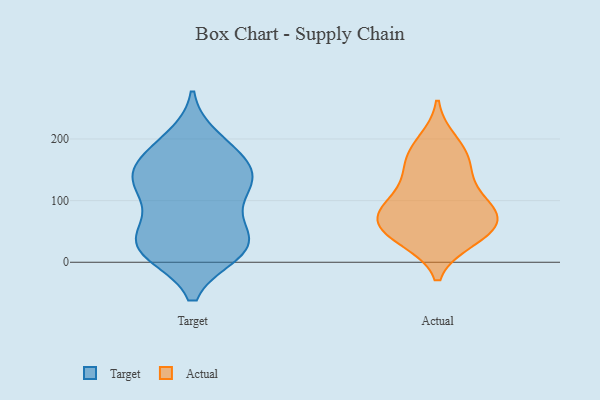
{"axis": {"x": "Market Share (%)", "y": "Value"}, "legend": ["Actual", "Target"], "data": [{"x": "", "y": 184, "type": "Target"}, {"x": "", "y": 42, "type": "Target"}, {"x": "", "y": 200, "type": "Target"}, {"x": "", "y": 65, "type": "Target"}, {"x": "", "y": 19, "type": "Target"}, {"x": "", "y": 142, "type": "Target"}, {"x": "", "y": 127, "type": "Target"}, {"x": "", "y": 139, "type": "Target"}, {"x": "", "y": 34, "type": "Target"}, {"x": "", "y": 48, "type": "Target"}, {"x": "", "y": 179, "type": "Target"}, {"x": "", "y": 15, "type": "Target"}, {"x": "", "y": 17, "type": "Target"}, {"x": "", "y": 16, "type": "Target"}, {"x": "", "y": 154, "type": "Target"}, {"x": "", "y": 109, "type": "Target"}, {"x": "", "y": 138, "type": "Target"}, {"x": "", "y": 115, "type": "Target"}, {"x": "", "y": 57, "type": "Actual"}, {"x": "", "y": 39, "type": "Actual"}, {"x": "", "y": 69, "type": "Actual"}, {"x": "", "y": 81, "type": "Actual"}, {"x": "", "y": 154, "type": "Actual"}, {"x": "", "y": 157, "type": "Actual"}, {"x": "", "y": 196, "type": "Actual"}, {"x": "", "y": 80, "type": "Actual"}, {"x": "", "y": 37, "type": "Actual"}, {"x": "", "y": 47, "type": "Actual"}, {"x": "", "y": 83, "type": "Actual"}, {"x": "", "y": 98, "type": "Actual"}, {"x": "", "y": 122, "type": "Actual"}, {"x": "", "y": 179, "type": "Actual"}]}